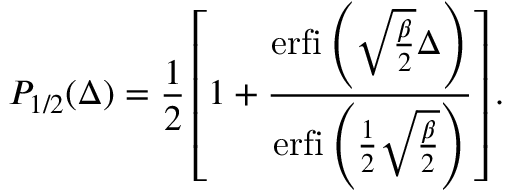
P _ { 1 / 2 } ( \Delta ) = \frac { 1 } { 2 } \left[ 1 + \frac { \mathrm { e r f i } \left( \sqrt { \frac { \beta } { 2 } } \Delta \right) } { \mathrm { e r f i } \left( \frac { 1 } { 2 } \sqrt { \frac { \beta } { 2 } } \right) } \right] .